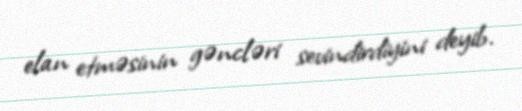
elan etməsinin gəncləri sevindirdiyini deyib.